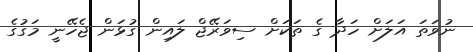
ނުވަތަ އަލަށް ހަދާ ގެ ތަކަށް ސިވަރޭޖް ލައިން ގުޅަން ޖެހޭނީ މަގުގެ